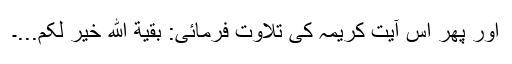
اور پھر اس آیت کریمہ کی تلاوت فرمائی: بقیّة اللهِ خَیرٌ لکم...۔